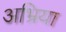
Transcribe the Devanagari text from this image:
अभ्रिया